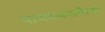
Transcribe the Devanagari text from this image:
पाणवनस्पतीच्या